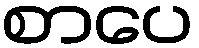
စာပေ